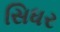
સિધર